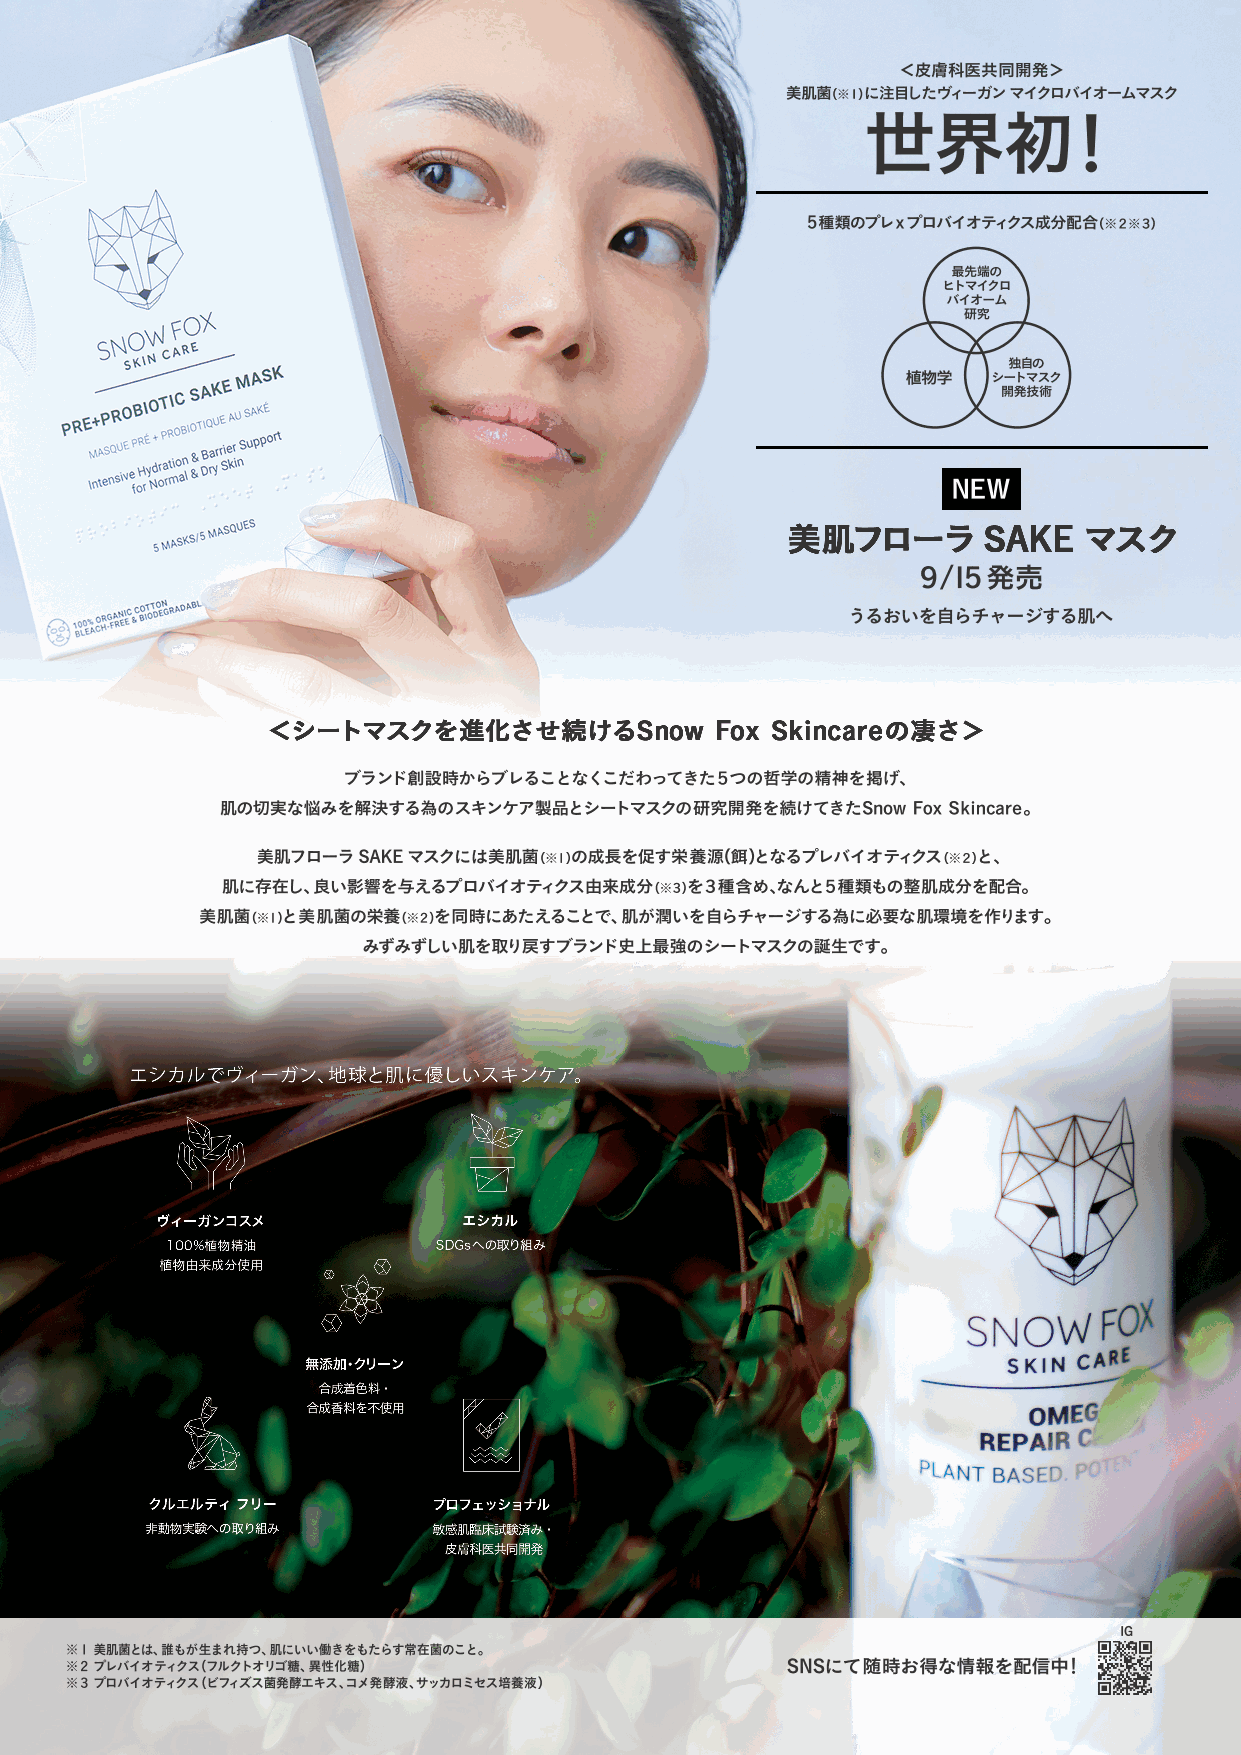
＜皮膚科医共同開発＞
 美肌菌（※１）に注目したヴィーガン マイクロバイオームマスク
 世界初！
 ５種類のプレxプロバイオティクス成分配合（※２※３）
 最先端の
 ヒトマイクロ
 バイオーム
 研究
 独自の
 植物学   シートマスク
 開発技術
 NEW
 ９/１５発売
 うるおいを自らチャージする肌へ
 ブランド創設時からブレることなくこだわってきた５つの哲学の精神を掲げ、
 肌の切実な悩みを解決する為のスキンケア製品とシートマスクの研究開発を続けてきたSnow  Fox Skincare。
 美肌フローラ SAKE マスクには美肌菌（※1）の成長を促す栄養源（餌）となるプレバイオティクス（※２）と、
 肌に存在し、良い影響を与えるプロバイオティクス由来成分（※３）を３種含め、なんと５種類もの整肌成分を配合。
 美肌菌（※1）と美肌菌の栄養（※２）を同時にあたえることで、肌が潤いを自らチャージする為に必要な肌環境を作ります。
 みずみずしい肌を取り戻すブランド史上最強のシートマスクの誕生です。
 ヴィーガンコスメ             エシカル
 100%植物精油          SDGsへの取り組み
 植物由来成分使用
 無添加・クリーン
 合成着色料・
 合成香料を不使用
 クルエルティ フリー         プロフェッショナル
 非動物実験への取り組み        敏感肌臨床試験済み・
 皮膚科医共同開発
 IG
 ※１ 美肌菌とは、誰もが生まれ持つ、肌にいい働きをもたらす常在菌のこと。
 ※２ プレバイオティクス（フルクトオリゴ糖、異性化糖）                     SNSにて随時お得な情報を配信中！
 ※３ プロバイオティクス（ビフィズス菌発酵エキス、コメ発酵液、サッカロミセス培養液）